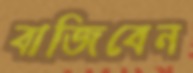
বাজিবেন